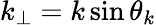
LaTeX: k_{\perp}=k\sin\theta_{k}